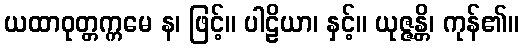
ယထာဝုတ္တက္ကမေ န၊ ဖြင့်။ ပါဠိယာ၊ နှင့်။ ယုဇ္ဇန္တိ၊ ကုန်၏။